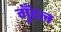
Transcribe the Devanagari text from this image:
गुँदल